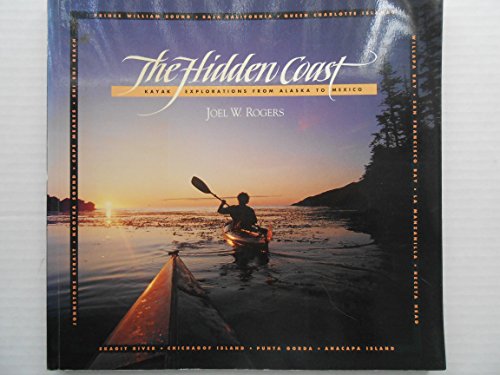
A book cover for The Hidden Coast: Kayak Explorations from Alaska to Mexico; Joel W Rogers; Sports & Outdoors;